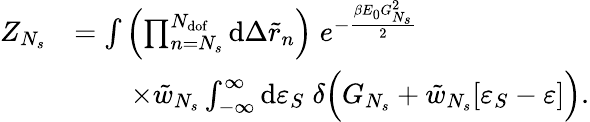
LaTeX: \begin{array}{rl}{Z_{N_{s}}}&{=\int{\left(\prod_{n=N_{s}}^{N_{\mathrm{dof}}}{\mathrm{d}\Delta\tilde{r}_{n}}\right)\; e^{-\frac{\beta E_{0}G_{N_{s}}^{2}}{2}}}}\\ &{\qquad\times\tilde{w}_{N_{s}}\int_{-\infty}^{\infty}{\mathrm{d}\varepsilon_{S}\; \delta\Big(G_{N_{s}}+\tilde{w}_{N_{s}}[\varepsilon_{S}-\varepsilon]\Big)}.}\end{array}